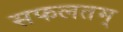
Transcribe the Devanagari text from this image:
सफलतम्